Vaccination North-Western Provinces and Oudh 1878-1895 - 1878-1895
Year: 1878
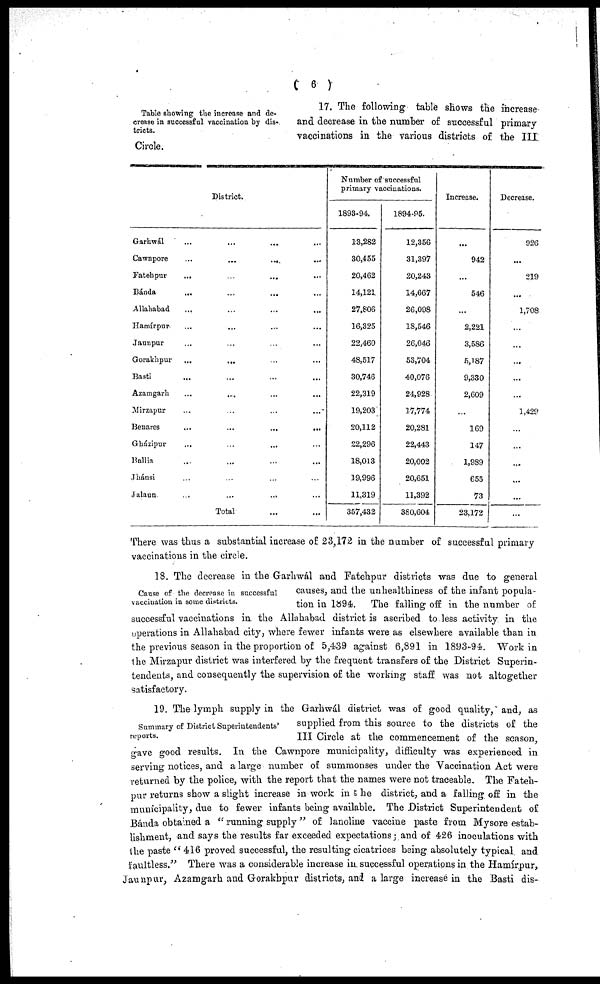
( 6 )
Table showing the increase and de-
crease in successful vaccination by dis-
tricts.
17. The following table shows the increase
and decrease in the number of successful primary
vaccinations in the various districts of the III
Circle.
District.
Garhwál ... ... ... ...
Cawnpore
...
...
... ...
Fatehpur
...
...
... ...
Bánda ... ... ... ...
Allahabad ... ... ... ...
Hamírpur ... ... ... ...
Jaunpur ... ... ... ...
Gorakhpur ... ... ... ...
Basti ... ... ... ...
Azamgarh ... ... ... ...
Mirzapur ... ... ... ...
Benares
...
...
...
...
Gházipur ... ... ... ...
Ballia ... ... ... ...
Jhánsi ... ... ... ...
Jalaun ... ... ... ...
Total ... ...
Number of successful
primary vaccinations.
1893-94.
13,282
30,455
20,462
14,121
27,806
16,325
22,460
48,517
30,746
22,319
19,203
20,112
22,296
18,013
19,996
11,319
357,432
1894-95.
12,356
31,397
20,243
14,667
26,098
18,546
26,046
53,704
40,076
24,928
17,774
20,281
22,443
20,002
20,651
11,392
380,604
Increase.
...
942
...
546
...
2,221
3,586
5,187
9,330
2,609
...
169
147
1,989
655
73
23,172
Decrease.
926
...
219
...
1,708
...
...
...
...
...
1,429
...
...
...
...
...
...
There was thus a substantial increase of 23,172 in the number of successful primary
vaccinations in the circle.
Cause of the decrease in successful
vaccination in some districts.
18. The decrease in the Garhwál and Fatehpur districts was due to general
causes, and the unhealthiness of the infant popula-
tion in 1894. The falling off in the number of
successful vaccinations in the Allahabad district is ascribed to less activity in the
operations in Allahabad city, where fewer infants were as elsewhere available than in
the previous season in the proportion of 5,439 against 6,891 in 1893-94. Work in
the Mirzapur district was interfered by the frequent transfers of the District Superin-
tendents, and consequently the supervision of the working staff was not altogether
satisfactory.
Summary of District Superintendents'
reports.
19. The lymph supply in the Garhwál district was of good quality, and, as
supplied from this source to the districts of the
III Circle at the commencement of the season,
gave good results. In the Cawnpore municipality, difficulty was experienced in
serving notices, and a large number of summonses under the Vaccination Act were
returned by the police, with the report that the names were not traceable. The Fateh-
pur returns show a slight increase in work in the district, and a falling off in the
municipality, due to fewer infants being available. The District Superintendent of
Bánda obtained a " running supply" of lanoline vaccine paste from Mysore estab-
lishment, and says the results far exceeded expectations; and of 426 inoculations with
the paste "416 proved successful, the resulting cicatrices being absolutely typical and
faultless." There was a considerable increase in successful operations in the Hamírpur,
Jaunpur, Azamgarh and Gorakhpur districts, and a large increase in the Basti dis¬